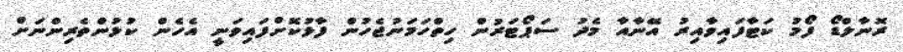
ރޮނާލްޑޯ ފޯމު ކަޓާފައިވާއިރު އޭނާއާ މެދު ސަޕޯޓަރުން ހިތްހަމަނުޖެހުން ފާޅުކޮށްފައިވަނީ އެހެން ކުޅުންތެރިންނަށް